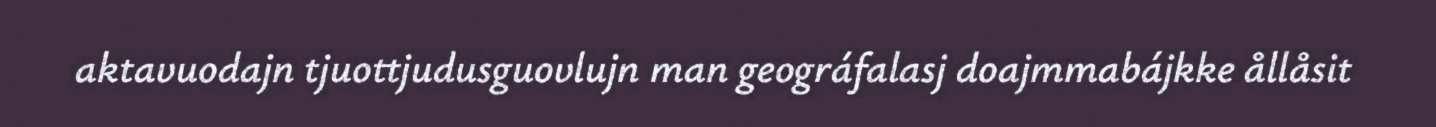
aktavuodajn tjuottjudusguovlujn man geográfalasj doajmmabájkke ållåsit